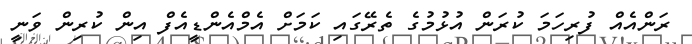
ރަންއެއް ފުރިހަމަ ކުރަން އުޅުމުގެ ތެރޭގައި ކަމަށް އެމްއެންޑީއެފް އިން ކުރިން ވަނީ